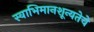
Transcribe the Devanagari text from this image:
स्वाभिमानशून्यतेचे